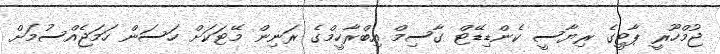
ޖުމްހޫރީ ޕާޓީގެ ރިޔާސީ ކެންޑިޑޭޓް ގާސިމް އިބްރާހީމްގެ ރަނިން މޭޓަކަށް ހަސަން ހަމަޖެއްސުމަށް